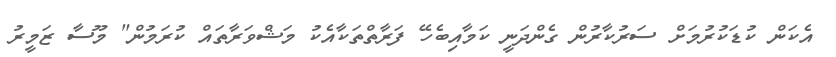
އެކަން ކުޑަކުރުމަށް ސަރުކާރުން ގެންދަނީ ކަމާއިބެހޭ ފަރާތްތަކާއެކު މަޝްވަރާތައް ކުރަމުން" މޫސާ ޒަމީރު